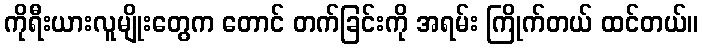
ကိုရီးယားလူမျိုးတွေက တောင် တက်ခြင်းကို အရမ်း ကြိုက်တယ် ထင်တယ်။